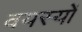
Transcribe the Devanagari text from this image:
वयस्यों